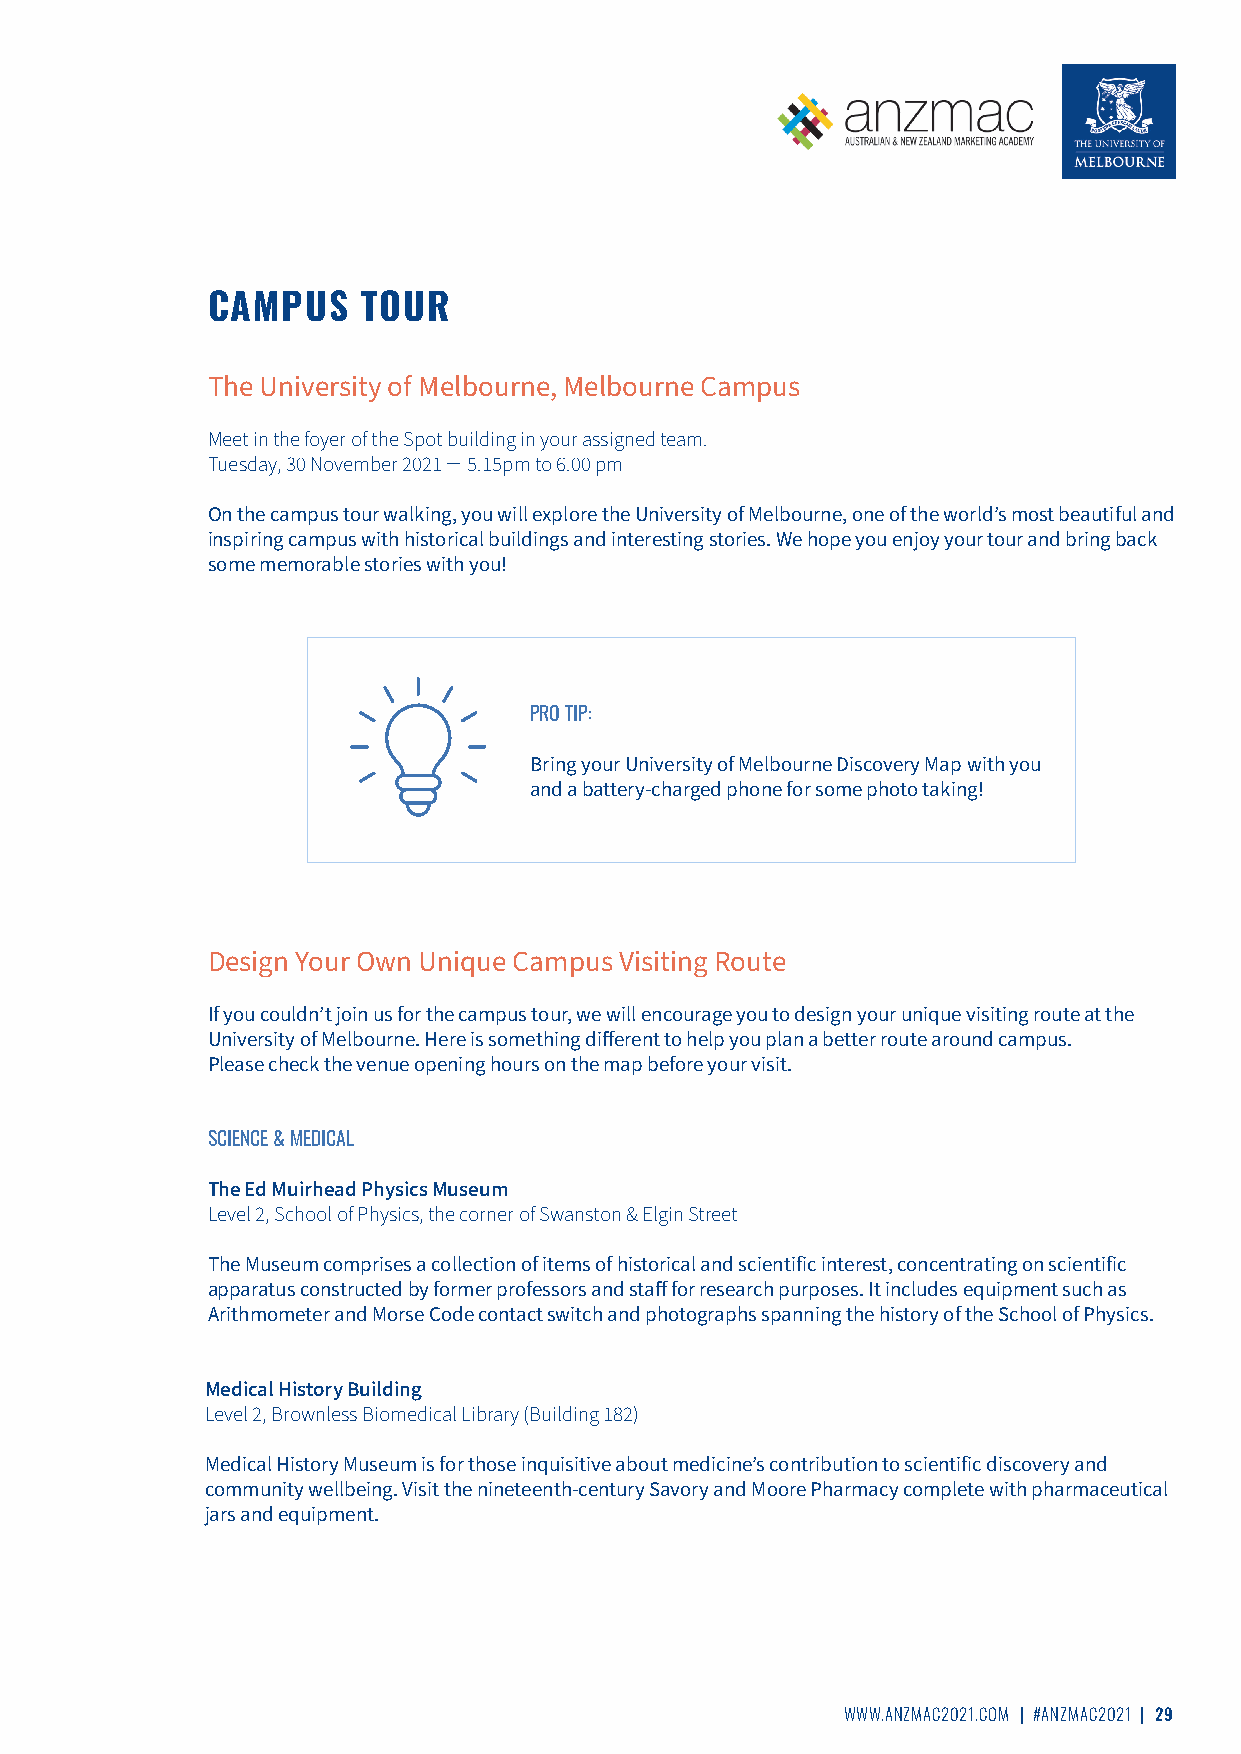
CAMPUS    TOUR
 The University of Melbourne, Melbourne Campus
 Meet in the foyer of the Spot building in your assigned team.
 Tuesday, 30 November 2021 ̶ 5.15pm to 6.00 pm
 On the campus tour walking, you will explore the University of Melbourne, one of the world’s most beautiful and
 inspiring campus with historical buildings and interesting stories. We hope you enjoy your tour and bring back
 some memorable stories with you!
 PRO TIP:
 Bring your University of Melbourne Discovery Map with you
 and a battery-charged phone for some photo taking!
 Design Your Own Unique Campus Visiting Route
 If you couldn’t join us for the campus tour, we will encourage you to design your unique visiting route at the
 University of Melbourne. Here is something different to help you plan a better route around campus.
 Please check the venue opening hours on the map before your visit.
 SCIENCE & MEDICAL
 The Ed Muirhead Physics Museum
 Level 2, School of Physics, the corner of Swanston & Elgin Street
 The Museum comprises a collection of items of historical and scientific interest, concentrating on scientific
 apparatus constructed by former professors and staff for research purposes. It includes equipment such as
 Arithmometer and Morse Code contact switch and photographs spanning the history of the School of Physics.
 Medical History Building
 Level 2, Brownless Biomedical Library (Building 182)
 Medical History Museum is for those inquisitive about medicine’s contribution to scientific discovery and
 community wellbeing. Visit the nineteenth-century Savory and Moore Pharmacy complete with pharmaceutical
 jars and equipment.
 WWW.ANZMAC2021.COM | #ANZMAC2021 | 29